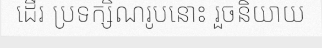
ដើរ ប្រទក្សិណរូបនោះ រួចនិយាយ